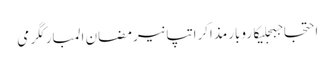
احتجاجبجلیکاروبارمذاکراتپانیرمضان المبارکگرمی